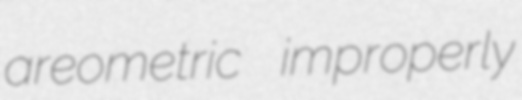
areometric improperly